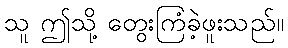
သူ ဤသို့ တွေးကြံခဲ့ဖူးသည်။